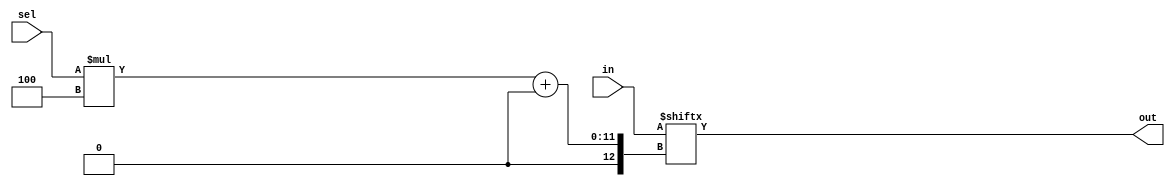
module top_module( 
    input [1023:0] in,
    input [7:0] sel,
    output [3:0]out );

    always @(*)begin
       
        out = in[sel*4 +: 4];
        //out = in[(sel*4)+3 -: 4];
    end
    //r_BCD[r_Digit_Index*4 + 3:r_Digit_Index*4] is not allowed. (means it couldn't prove that the select width is constant)
    //Since 2001 you can do variable part-select using the special +: syntax.
	//for example :
    //r_BCD[r_Digit_Index*4 +: 4] 
   //[ index          +: width] 
endmodule